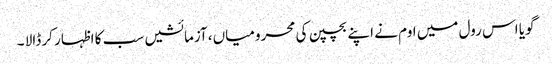
گویا اس رول میں اوم نے اپنے بچپن کی محرومیاں ،آزمائشیں سب کا اظہار کر ڈالا ۔